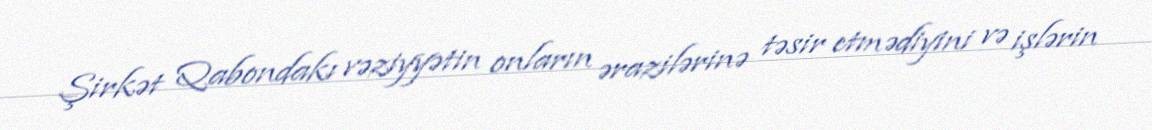
Şirkət Qabondakı vəziyyətin onların ərazilərinə təsir etmədiyini və işlərin